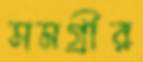
সমগ্রীর